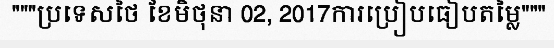
"""ប្រទេសថៃ ខែមិថុនា 02, 2017ការប្រៀបធៀបតម្លៃ"""